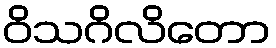
ဝိသဂိလိတော